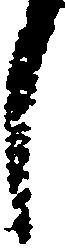
し